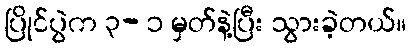
ပြိုင်ပွဲက ၃- ၁ မှတ်နဲ့ပြီး သွားခဲ့တယ်။